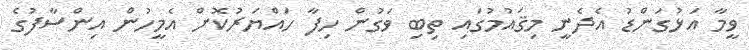
ވީމާ އަޅުގަންޑު އެދެނީ މިޤައުމުގައި ތިބި ވަގުން ހިފާ ހައްޔަރުކޮށް އެމީހުން އިންސާފުގެ